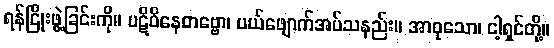
ရန်ငြိုးဖွဲ့ခြင်းကို။ ပဋိဝိနေတဗ္ဗော၊ ပယ်ဖျောက်အပ်သနည်း။ အာဝုသော၊ ငါ့ရှင်တို့။